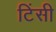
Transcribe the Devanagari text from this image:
टिंसी